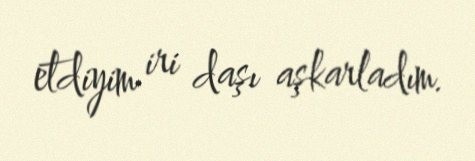
etdiyim iri daşı aşkarladım.